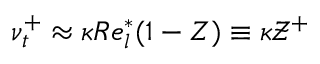
\nu _ { t } ^ { + } \approx \kappa R e _ { l } ^ { * } ( 1 - Z ) \equiv \kappa \mathcal { Z } ^ { + }